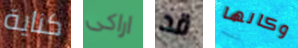
كناية اراكى قد وكانها